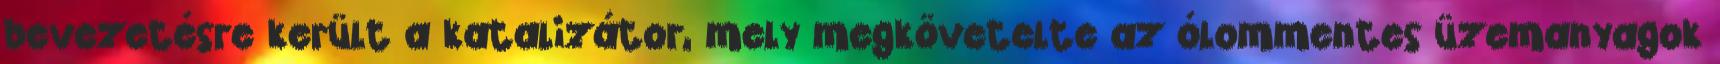
bevezetésre került a katalizátor, mely megkövetelte az ólommentes üzemanyagok